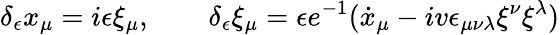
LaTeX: \delta_{\epsilon}x_{\mu}=i\epsilon\xi_{\mu},\qquad\delta_{\epsilon}\xi_{\mu}=\epsilon e^{-1}(\dot{x}_{\mu}-iv\epsilon_{\mu\nu\lambda}\xi^{\nu}\xi^{\lambda})